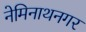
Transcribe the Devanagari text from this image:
नेमिनाथनगर